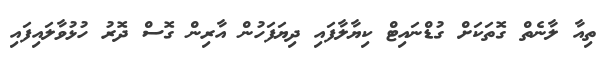
ތިއާ ލާނެތް ގޮތަކަށް ގުޑްނައިޓް ކިޔާލާފައި ދިޔަފަހުން އާރިން ގޮސް ދޮރު ހުޅުވާލައިފައި